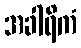
အခါရိကံ